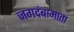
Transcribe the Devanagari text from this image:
जगदंबामाता